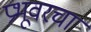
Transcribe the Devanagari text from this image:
प्रभूवरचा